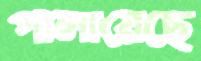
পালায়েছে